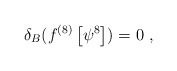
\begin{align*}\delta_B ( f^{(8)} \left[ \psi^8 \right] ) =0 ~, \end{align*}